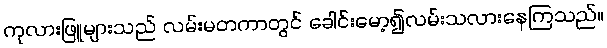
ကုလားဖြူများသည် လမ်းမတကာတွင် ခေါင်းမော့၍လမ်းသလားနေကြသည်။